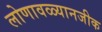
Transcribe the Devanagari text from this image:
लोणावळ्यानजीक